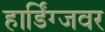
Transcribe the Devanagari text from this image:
हार्डिंग्जवर